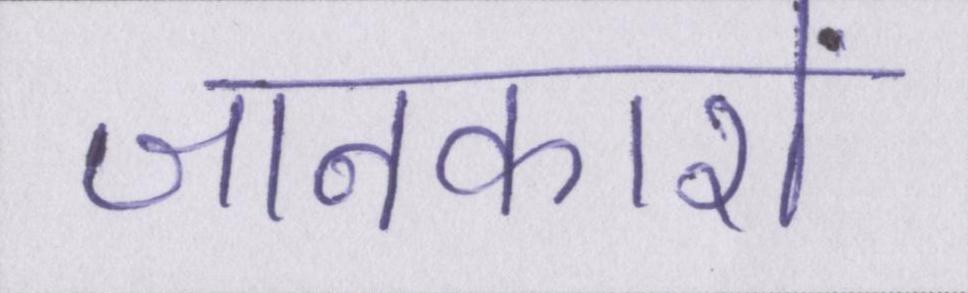
जानकारों